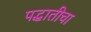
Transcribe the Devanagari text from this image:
पद्धातीचा